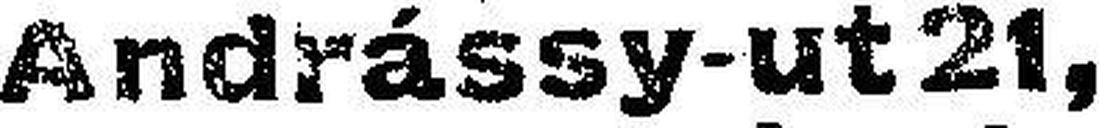
Andrássy-ut 21,